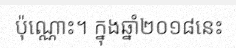
ប៉ុណ្ណោះ។ ក្នុងឆ្នាំ២០១៨នេះ